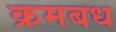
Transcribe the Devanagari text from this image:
क्रमबध